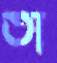
তা